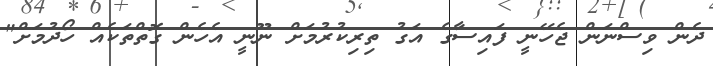
ދެން ވިސްނަން ޖެހޭނީ ފައިސާގެ އަގު ތިރިކުރުމަށް ނޫނީ އެހެން ގޮތްތަކެއް ހޯދުމަށް"